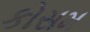
કોસમ